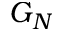
G _ { N }